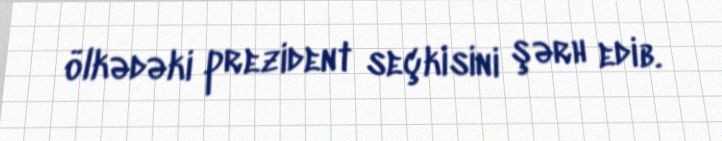
ölkədəki prezident seçkisini şərh edib.